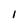
Character: l